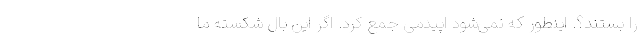
را بستند؟. اینطور که نمی‌شود اپیدمی جمع کرد. اگر این بال شکسته ما